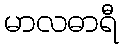
မာလဓာရီ